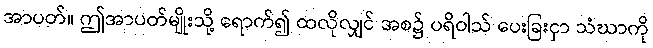
အာပတ်။ ဤအာပတ်မျိုးသို့ ရောက်၍ ထလိုလျှင် အစ၌ ပရိဝါသ် ပေးခြးငှာ သံဃာကို